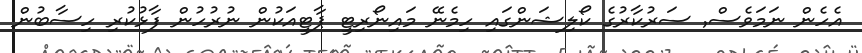
އެހެން ނަމަވެސް